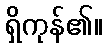
ရှိကုန်၏။